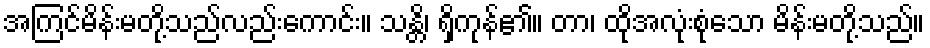
အကြင်မိန်းမတို့သည်လည်းကောင်း။ သန္တိ၊ ရှိကုန်၏။ တာ၊ ထိုအလုံးစုံသော မိန်းမတို့သည်။